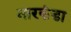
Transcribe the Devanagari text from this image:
नारकंडा